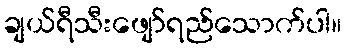
ချယ်ရီသီးဖျော်ရည်သောက်ပါ။